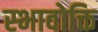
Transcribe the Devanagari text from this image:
स्भावोक्ति